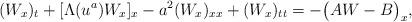
LaTeX: \begin{align*}(W_x)_t + [\Lambda(u^a) W_x]_x - a^2 (W_x)_{xx} + (W_x)_{tt}=-\big(AW - B\big)_x,\end{align*}